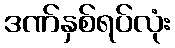
ဒဏ်နှစ်ရပ်လုံး